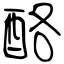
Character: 酪